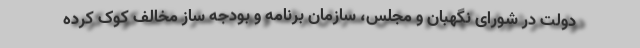
دولت در شورای نگهبان و مجلس، سازمان برنامه و بودجه ساز مخالف کوک کرده